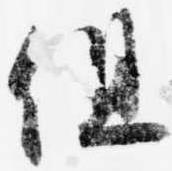
但